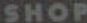
SHOP